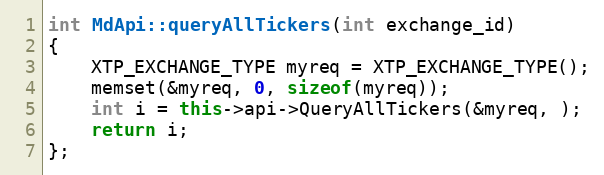
Language: C++
int MdApi::queryAllTickers(int exchange_id)
{
	XTP_EXCHANGE_TYPE myreq = XTP_EXCHANGE_TYPE();
	memset(&myreq, 0, sizeof(myreq));
	int i = this->api->QueryAllTickers(&myreq, );
	return i;
};